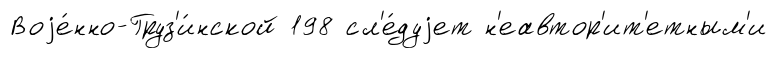
Воjе́нно-Груз'и́нской 198 сл'е́дуjет н'еавтор'ит'етным'и